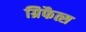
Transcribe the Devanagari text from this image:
ग्रिफैत्स